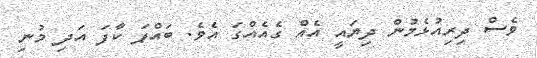
ވެސް ދިރިއުޅެމުން ދިޔައީ އެއް ގެއެއްގަ އެވެ. ބައްޕަ ކާފަ އަދި މުނި